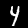
Digit: 4